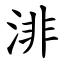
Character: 渄